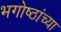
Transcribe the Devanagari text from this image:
भगोष्ठांच्या